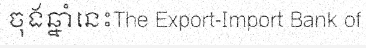
ចុងឆ្នាំនេះThe Export-Import Bank of